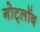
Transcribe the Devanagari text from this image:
गोट्लॉब